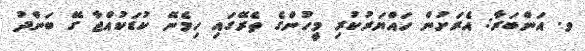
ވ. އަންބަރާ: އެރަށުން ހައްޔަރުކުރި މީހުންގެ ތެރޭގައި ހިމެނޭ ކުޑަކުއްޖާ ގޭ ބަންދު